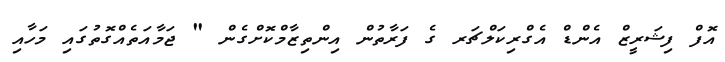
އޮފް ފިޝަރީޒް އެންޑް އެގްރިކަލްޗަރ ގެ ފަރާތުން އިންތިޒާމްކޮށްގެން " ޖަމާއަތެއްގޮތުގައި މަހާއި